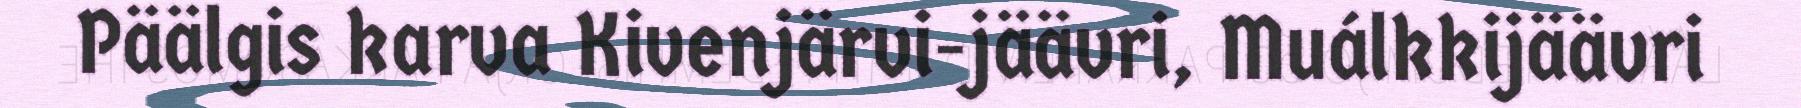
Päälgis karva Kivenjärvi-jäävri, Muálkkijäävri